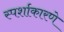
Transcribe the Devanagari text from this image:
स्पर्शाकारणे